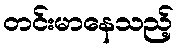
တင်းမာနေသည့်